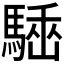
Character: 𩤪